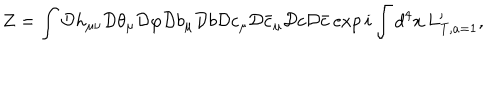
LaTeX: Z = \int { \cal D } h _ { \mu \nu } { \cal D } \theta _ { \mu } { \cal D } \varphi { \cal D } b _ { \mu } { \cal D } b { \cal D } c _ { \mu } { \cal D } \bar { c } _ { \mu } { \cal D } c { \cal D } \bar { c } \exp i \int d ^ { 4 } x \, L _ { \mathrm { T } , a = 1 } ^ { \prime } ,